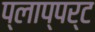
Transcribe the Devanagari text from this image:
प्लाप्पर्ट